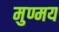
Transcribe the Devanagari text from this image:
मुण्मय